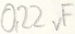
Text: 0,22µF